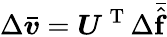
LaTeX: \Delta\bar{\boldsymbol{v}}=\boldsymbol{U}^{\mathrm{~T~}}\Delta\bar{\hat{\boldsymbol{\mathrm{f}}}}